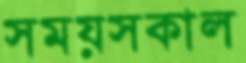
সময়সকাল